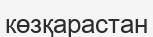
көзқарастан